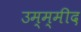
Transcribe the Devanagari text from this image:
उम्म्मीद